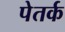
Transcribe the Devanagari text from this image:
पेतर्क